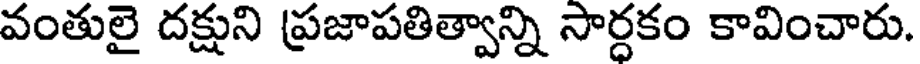
వంతులై దక్షుని ప్రజాపతిత్వాన్ని సార్దకం కావించారు.